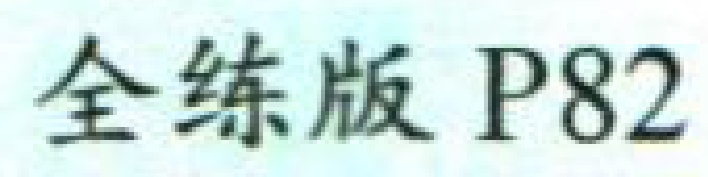
全练版 P82